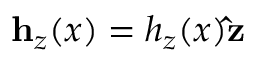
\mathbf { h } _ { z } ( x ) = h _ { z } ( x ) \mathbf { \hat { z } }